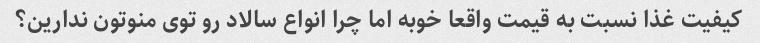
کیفیت غذا نسبت به قیمت واقعا خوبه اما چرا انواع سالاد رو توی منوتون ندارین؟